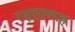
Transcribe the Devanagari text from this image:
रसूलुल्‍लाह